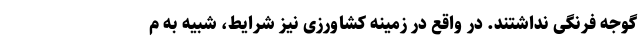
گوجه فرنگی نداشتند. در واقع در زمینه کشاورزی نیز شرایط، شبیه به م